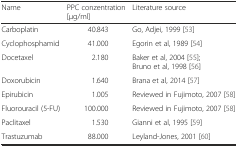
| Name | PPC conzentration [μg/ml] | Literature source |
 | --- | --- | --- |
 | Carboplatin | 40.843 | Go, Adjei, 1999 [53] |
 | Cyclophosphamid | 41.000 | Egorin et al, 1989 [54] |
 | Docetaxel | 2.180 | Baker et al, 2004 [55]; Bruno et al, 1998 [56] |
 | Doxorubicin | 1.640 | Brana et al, 2014 [57] |
 | Epirubicin | 1.005 | Reviewed in Fujimoto, 2007 [58] |
 | Fluorouracil (5-FU) | 100.000 | Reviewed in Fujimoto, 2007 [58] |
 | Paclitaxel | 1.530 | Gianni et al, 1995 [59] |
 | Trastuzumab | 88.000 | Leyland-Jones, 2001 [60] |